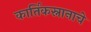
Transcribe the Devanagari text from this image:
कार्तिकस्नानाचे